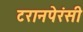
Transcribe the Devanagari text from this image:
टरानपेरंसी